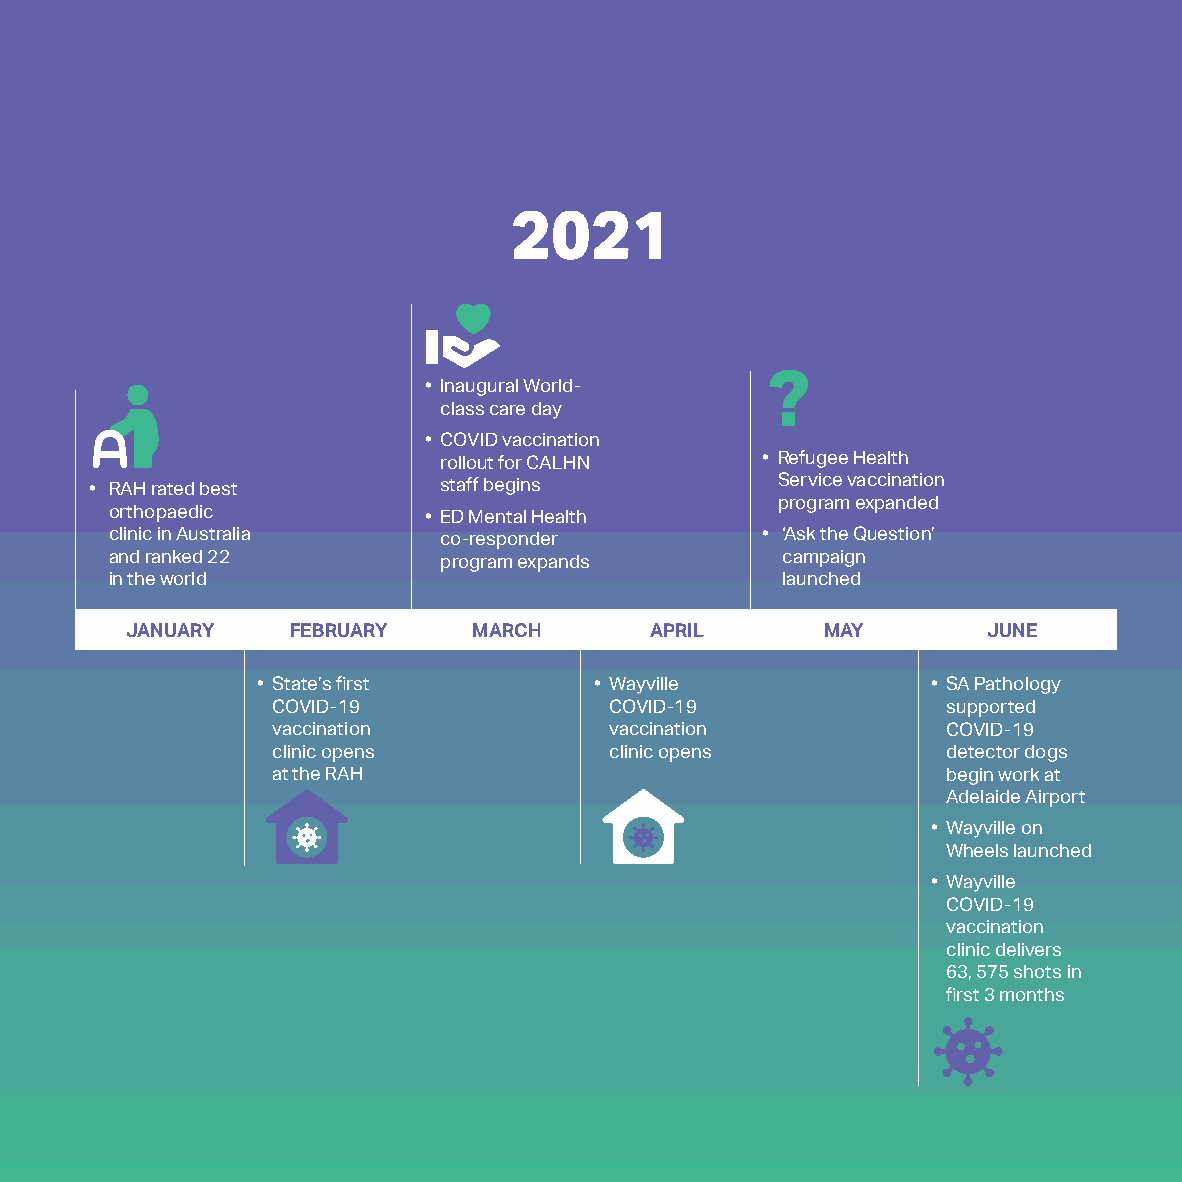
2021
 • Inaugural World-
 class care day        ?
 • COVID vaccination
 rollout for CALHN    • Refugee Health
 • RAH rated best       staff begins          Service vaccination
 program expanded
 orthopaedic          • ED Mental Health
 clinic in Australia   co-responder         • ‘Ask the Question’
 and ranked 22         program expands        campaign
 in the world                                 launched
 JANUARY    FEBRUARY    MARCH       APRIL      MAY        JUNE
 • State’s first       • Wayville             • SA Pathology
 COVID-19              COVID-19               supported
 vaccination           vaccination            COVID-19
 clinic opens          clinic opens           detector dogs
 at the RAH                                   begin work at
 Adelaide Airport
 • Wayville on
 Wheels launched
 • Wayville
 COVID-19
 vaccination
 clinic delivers
 63, 575 shots in
 first 3 months
 Snapshot 2020-2021 15